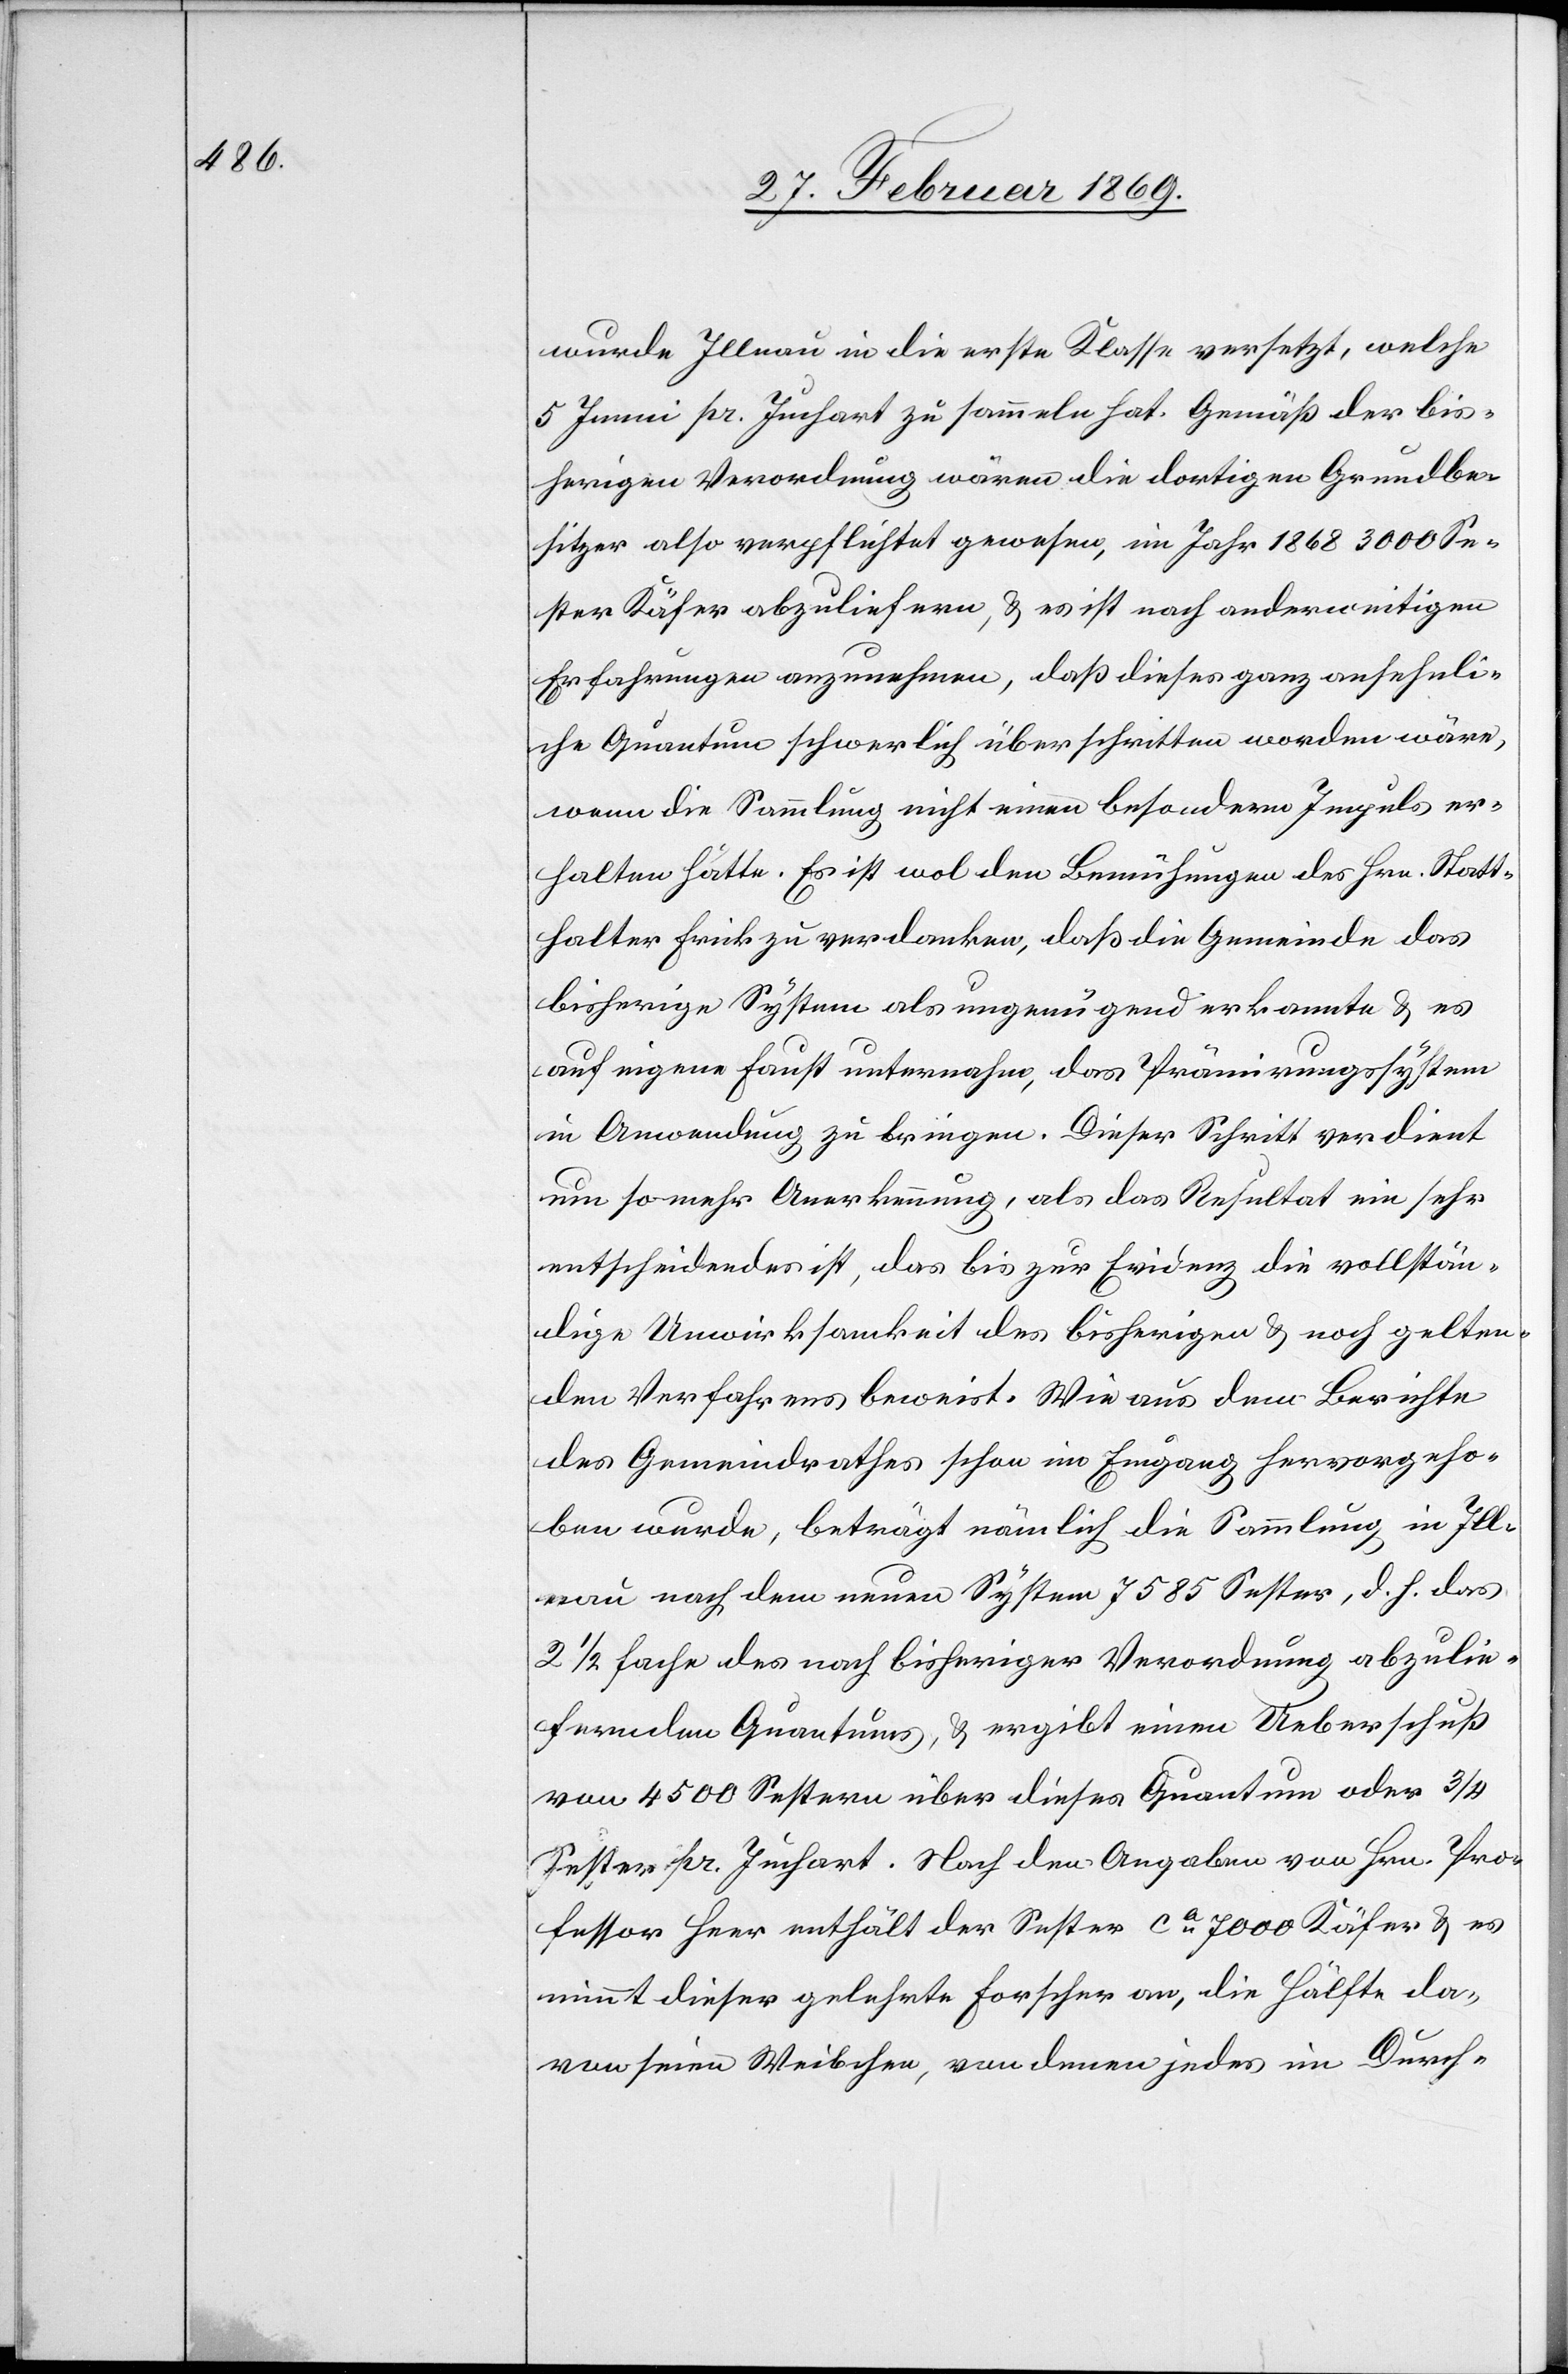
wurde Illnau in die erste Klasse versetzt, welche
5 Immi pr Juchart zu sammeln hat. Gemäß der bis¬
herigen Verordnung wären die dortigen Grundbe¬
sitzer also verpflichtet gewesen, im Jahr 1868 3000 Se¬
ster Käfer abzuliefern, & es ist nach anderweitigen
Erfahrungen anzunehmen, daß dieses ganz ansehnli¬
che Quantum schwerlich überschritten worden wäre,
wenn die Sammlung nicht einen besondern Impuls er¬
halten hätte. Es ist wol den Bemühungen des Hrn. Statt¬
halter Frick zu verdanken, daß die Gemeinde das
bisherige System als ungenügend erkannte & es
auf eigene Faust unternahm, das Prämirungssystem
in Anwendung zu bringen. Dieser Schritt verdient
um so mehr Anerkennung, als das Resultat ein sehr
entscheidendes ist, das bis zur Evidenz die vollstän¬
dige Unwirksamkeit des bisherigen & noch gelten¬
den Verfahrens beweist. Wie aus dem Berichte
des Gemeindrathes schon im Eingang hervorgeho¬
ben wurde, beträgt nämlich die Sammlung in Ill¬
nau nach dem neuen System 7585 Sester, d. h. das
2 1/2 Fache des nach bisheriger Verordnung abzulie¬
fernden Quantums, & ergibt einen Ueberschuß
von 4500 Sestern über dieses Quantum oder 3/4
Sester pr. Juchart. Nach den Angaben von Hrn. Pro¬
fessor Heer enthält der Sester ca 7000 Käfer & es
nimmt dieser gelehrte Forscher an, die Hälfte da¬
von seien Weibchen, von denen jedes im Durch-